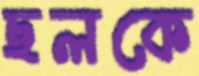
ছলকে